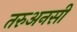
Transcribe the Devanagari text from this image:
तरुअनसी